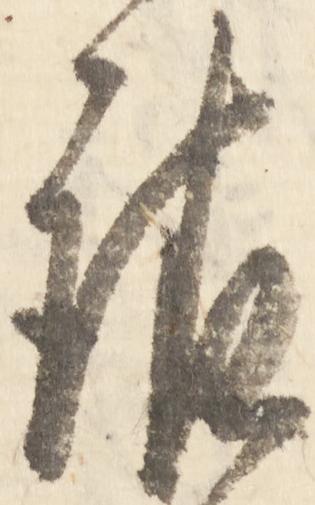
請